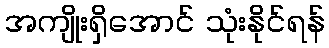
အကျိုးရှိအောင် သုံးနိုင်ရန်